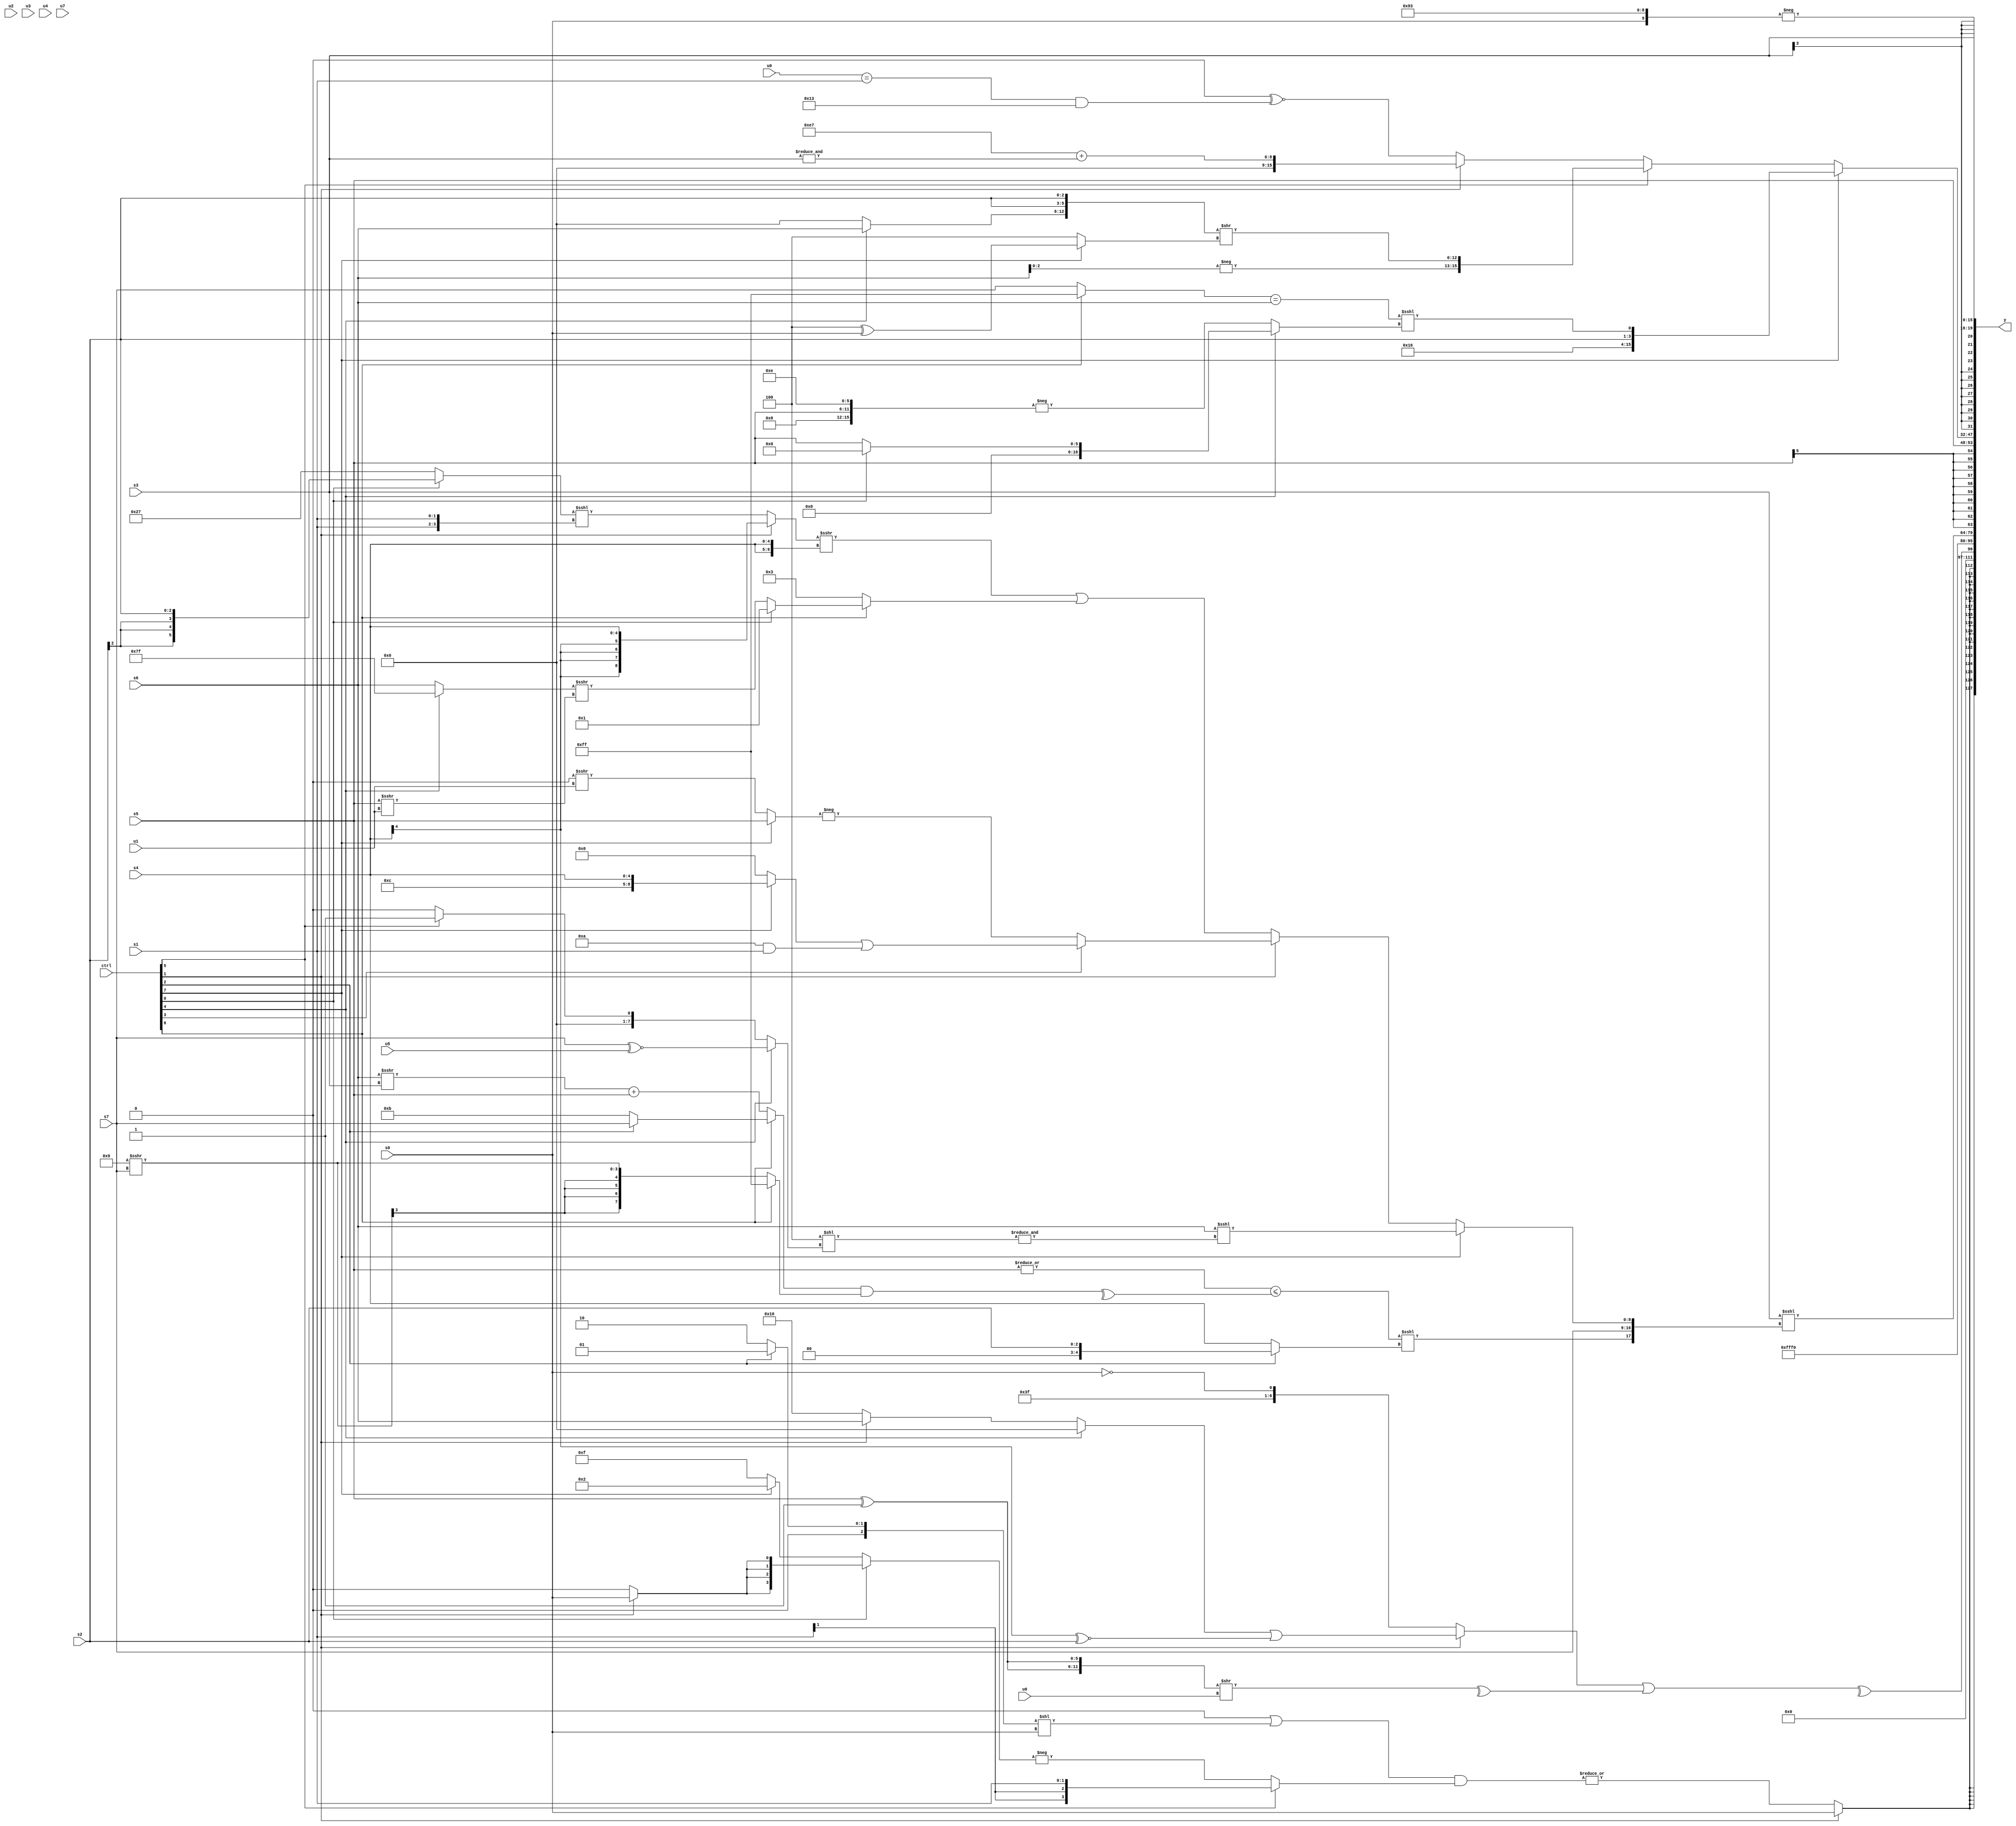
module wideexpr_00877(ctrl, u0, u1, u2, u3, u4, u5, u6, u7, s0, s1, s2, s3, s4, s5, s6, s7, y);
  input [7:0] ctrl;
  input [0:0] u0;
  input [1:0] u1;
  input [2:0] u2;
  input [3:0] u3;
  input [4:0] u4;
  input [5:0] u5;
  input [6:0] u6;
  input [7:0] u7;
  input signed [0:0] s0;
  input signed [1:0] s1;
  input signed [2:0] s2;
  input signed [3:0] s3;
  input signed [4:0] s4;
  input signed [5:0] s5;
  input signed [6:0] s6;
  input signed [7:0] s7;
  output [127:0] y;
  wire [15:0] y0;
  wire [15:0] y1;
  wire [15:0] y2;
  wire [15:0] y3;
  wire [15:0] y4;
  wire [15:0] y5;
  wire [15:0] y6;
  wire [15:0] y7;
  assign y = {y0,y1,y2,y3,y4,y5,y6,y7};
  assign y0 = $signed((ctrl[1]?s0:|($signed((+((1'sb0)|(((ctrl[2]?2'sb01:3'sb010))<<(s0))))&((ctrl[5]?s1:-((ctrl[0]?(ctrl[1]?s0:1'sb0):(ctrl[7]?4'sb0010:2'sb11)))))))));
  assign y1 = ^((((ctrl[1]?$unsigned(((ctrl[4]?(3'sb000)&(3'sb010):(ctrl[1]?s6:6'sb010000)))|(((s4)>>>(4'sb0111))^~(+(s2)))):($signed(s0))^~(-((6'sb011011)-(5'sb11011)))))>>>(2'sb00))|(^($signed(({2{(s5)^(+(2'sb11))}})>>(u6)))));
  assign y2 = 5'sb10000;
  assign y3 = ($signed(+(s3)))<<<({((|({1{s5}}))<=(^(((ctrl[6]?(ctrl[2]?+(s7):(2'sb01)^~(5'sb10101)):((s6)>>>(s3))+((ctrl[6]?s5:s5))))&((ctrl[6]?1'sb1:$signed((4'b1001)>>>(s7)))))))<<<(+((ctrl[2]?{1{$unsigned(s2)}}:s4))),s7,(ctrl[7]?(s6)<<<($signed(&((5'sb11100)<<((ctrl[4]?(s7)^~(u5):(ctrl[5]?1'sb1:1'sb0)))))):(ctrl[1]?(ctrl[3]?((ctrl[7]?$signed({1'sb1,3'sb100,s4}):((ctrl[7]?1'sb1:4'sb1000))>>((6'sb001100)<<<(5'b00000))))|(((3'sb000)-(4'sb0110))&(s1)):-($signed((ctrl[7]?{1{s5}}:(2'sb00)>>>(u1))))):(((ctrl[1]?s4:((ctrl[0]?s2:6'sb100111))<<<({2{s1}})))>>>({2{s4}}))|((ctrl[6]?(ctrl[0]?2'sb01:((ctrl[4]?1'sb1:s6))>>>((s5)>>>(u1))):$signed(+(4'sb0011))))))});
  assign y4 = s5;
  assign y5 = (ctrl[7]?{5'b01011,&(-(-((6'sb011010)^~(6'sb100010)))),s2,($signed(((ctrl[6]?1'sb1:s7))==(s6)))<<<((ctrl[4]?(ctrl[0]?(s1)<<(5'sb11000):(ctrl[4]?s5:s2)):-({5'sb01000,s5,6'b001110})))}:(ctrl[5]?{((u0)>>((3'sb011)<<<(5'sb01000)))<<<(+((3'sb011)-(3'sb000))),+({2{3'b111}}),$signed(-($unsigned(s6))),({(ctrl[4]?s6:1'sb0),s2,s2})>>((ctrl[7]?(4'b0100)^(s0):(3'sb101)^(2'b01)))}:(ctrl[1]?({2{5'sb00111}})+($signed(&(s3))):(1'sb0)^~(((u0)==(s1))&((5'b11001)^(4'b1010))))));
  assign y6 = s3;
  assign y7 = -({s0,6'sb010010,3'sb011});
endmodule